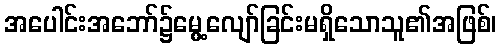
အပေါင်းအဘော်၌မွေ့လျော်ခြင်းမရှိသောသူ၏အဖြစ်၊